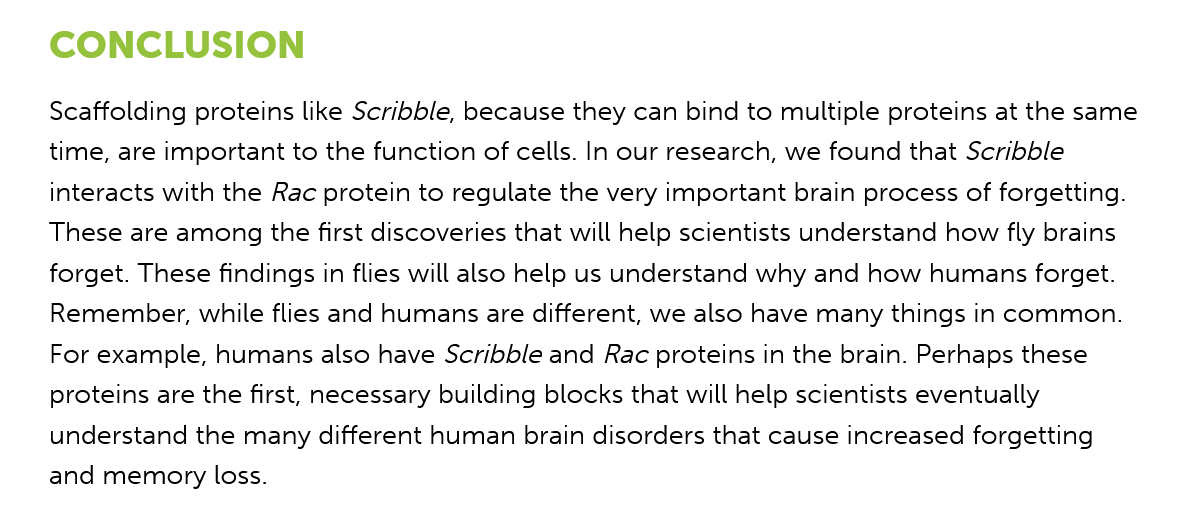
CONCLUSION
    Scaffolding proteins like Scribble, because they can bind to multiple proteins at the same
    time, are important to the function of cells. In our research, we found that Scribble
    interacts with the Rac protein to regulate the very important brain process of forgetting.
    These are among the first discoveries that will help scientists understand how fly brains
    forget. These findings in flies will also help us understand why and how humans forget.
    Remember,  while flies and humans are different, we also have many things in common.
    For example, humans also have Scribble and Rac proteins in the brain. Perhaps these
    proteins are the first, necessary building blocks that will help scientists eventually
    understand the many different human brain disorders that cause increased forgetting
    and memory  loss.